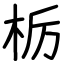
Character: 栃